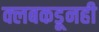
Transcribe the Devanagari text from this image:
क्लबकडूनही